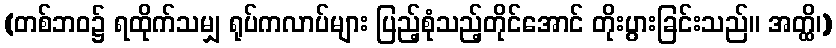
(တစ်ဘဝ၌ ရထိုက်သမျှ ရုပ်ကလာပ်များ ပြည့်စုံသည့်တိုင်အောင် တိုးပွားခြင်းသည်။ အတ္ထိ၊)